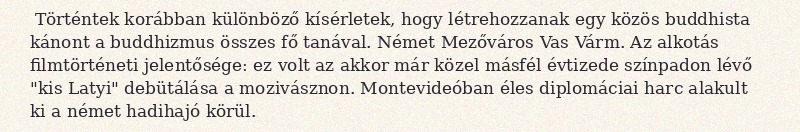
Történtek korábban különböző kísérletek, hogy létrehozzanak egy közös buddhista kánont a buddhizmus összes fő tanával. Német Mezőváros Vas Várm. Az alkotás filmtörténeti jelentősége: ez volt az akkor már közel másfél évtizede színpadon lévő "kis Latyi" debütálása a mozivásznon. Montevideóban éles diplomáciai harc alakult ki a német hadihajó körül.